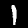
Digit: 1